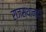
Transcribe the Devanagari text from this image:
राजस्थानादी